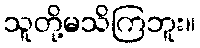
သူတို့မသိကြဘူး။